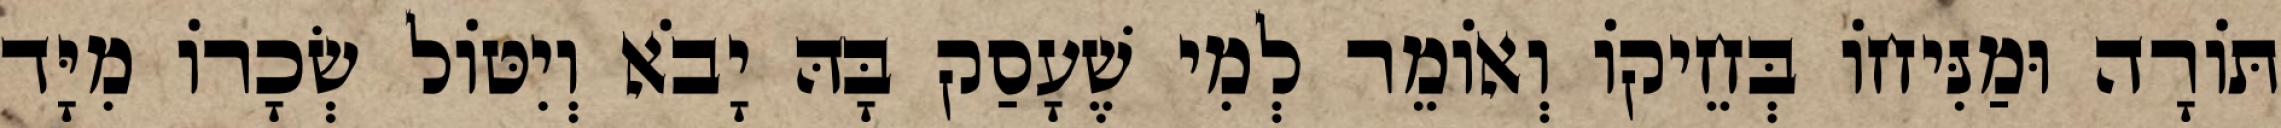
תּוֹרָה וּמַנִּיחוֹ בְּחֵיקוֹ וְאוֹמֵר לְמִי שֶׁעָסַק בָּהּ יָבֹא וְיִטּוֹל שְׂכָרוֹ מִיָּד